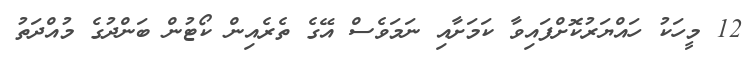
12 މީހަކު ހައްޔަރުކޮށްފައިވާ ކަމަށާއި ނަމަވެސް އޭގެ ތެރެއިން ކޯޓުން ބަންދުގެ މުއްދަތު